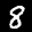
Label: 8